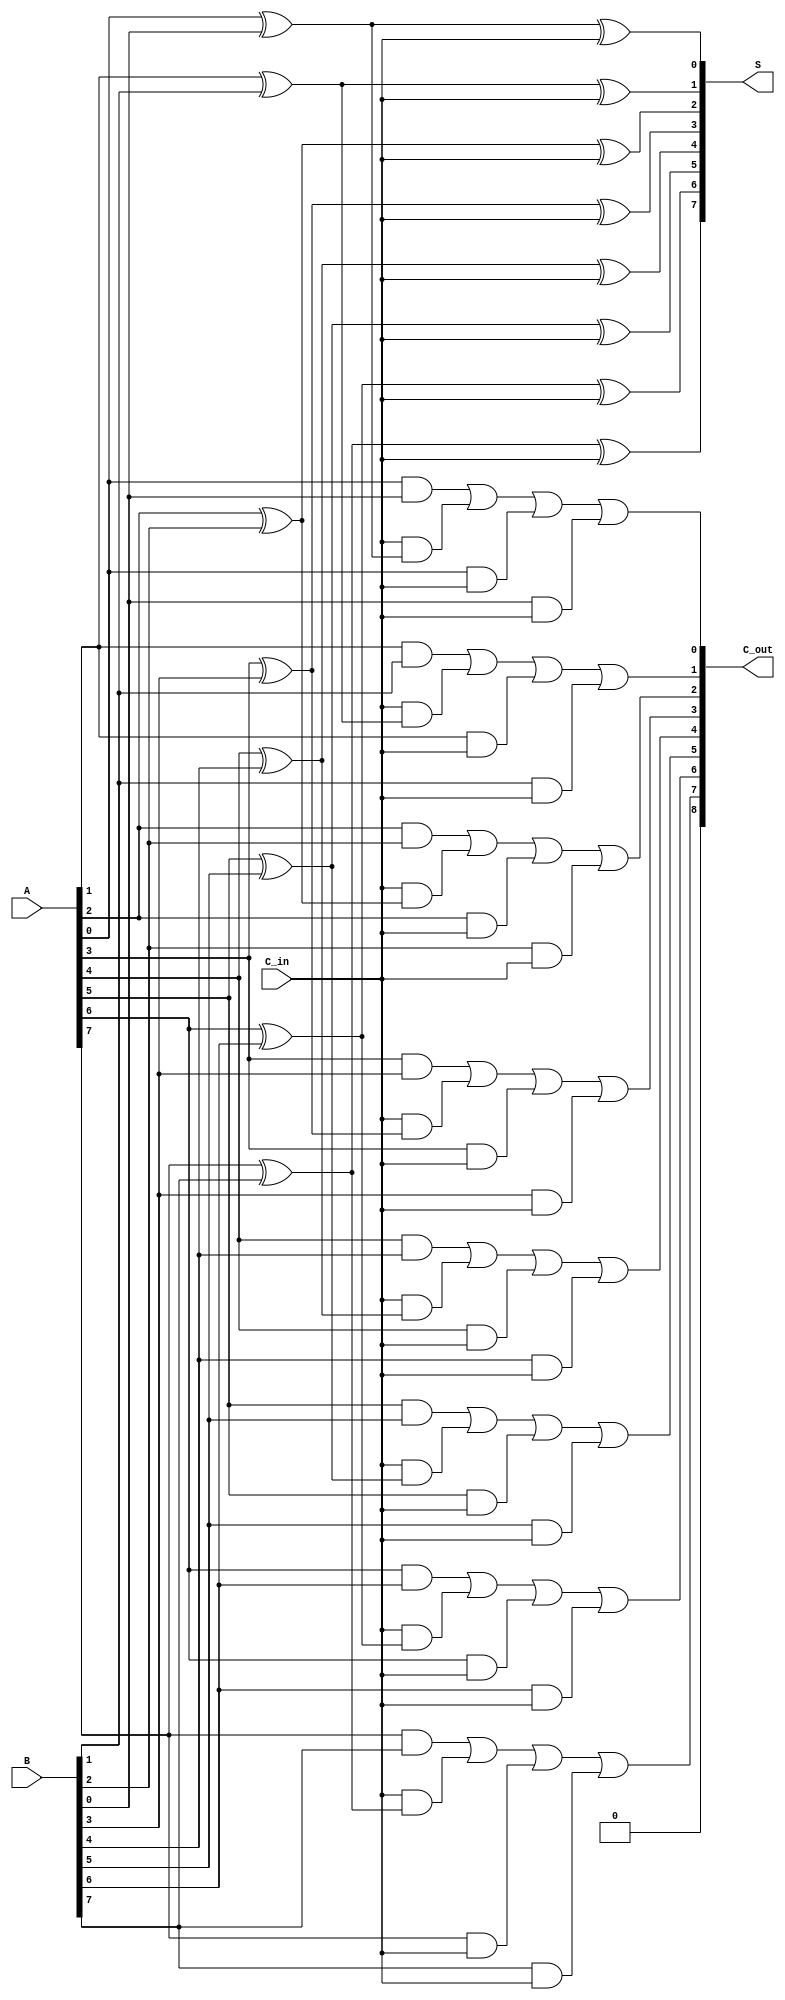
module CarrySaveAdder #(parameter N = 8) (
    input  wire [N-1:0] A,      // First n-bit input
    input  wire [N-1:0] B,      // Second n-bit input
    input  wire C_in,           // Carry input
    output wire [N-1:0] S,      // Sum output
    output wire [N:0] C_out     // Carry output (N bits + 1 for overflow)
);

    // Intermediate carry signals
    wire [N-1:0] carry;

    // Generate sum and carry outputs
    genvar i;
    generate
        for (i = 0; i < N; i = i + 1) begin : CSA_bit
            // Sum calculation
            assign S[i] = A[i] ^ B[i] ^ C_in;

            // Carry calculation
            assign carry[i] = (A[i] & B[i]) | (C_in & (A[i] ^ B[i])) | (A[i] & C_in) | (B[i] & C_in);
        end
    endgenerate

    // Final carry output
    assign C_out = {carry[N-1], carry[N-2:0]}; // Carry out is N bits + 1 for overflow

endmodule